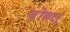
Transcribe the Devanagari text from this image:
बोंबलू